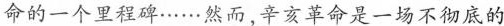
命的一个里程碑……然而，辛亥革命是一场不彻底的